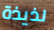
لذيذة